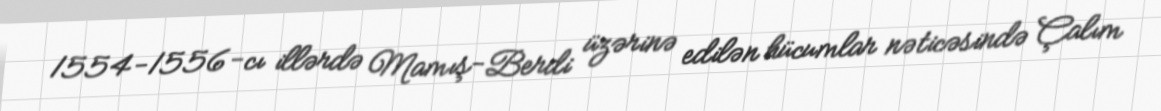
1554-1556-cı illərdə Mamış-Berdi üzərinə edilən hücumlar nəticəsində Çalım